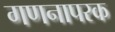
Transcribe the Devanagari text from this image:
गणनापरक